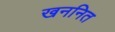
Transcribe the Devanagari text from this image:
खननित